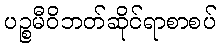
ပဉ္စမီဝိဘတ်ဆိုင်ရာစာစပ်